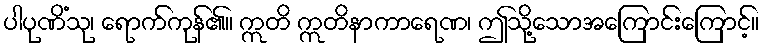
ပါပုဏိံသု၊ ရောက်ကုန်၏။ ဣတိ ဣတိနာကာရေဏ၊ ဤသို့သောအကြောင်းကြောင့်။